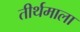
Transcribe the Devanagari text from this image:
तीर्थमाला